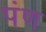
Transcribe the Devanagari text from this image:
पंण